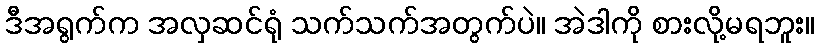
ဒီအရွက်က အလှဆင်ရုံ သက်သက်အတွက်ပဲ။ အဲဒါကို စားလို့မရဘူး။